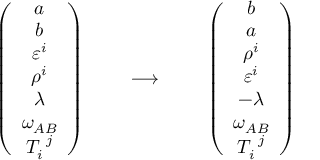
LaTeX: \begin{array} { c c c } { { \left( \begin{array} { c } { { a } } \\ { { b } } \\ { { \varepsilon ^ { i } } } \\ { { \rho ^ { i } } } \\ { { \lambda } } \\ { { \omega _ { A B } } } \\ { { T _ { i } ^ { ~ j } } } \end{array} \right) ~ ~ ~ ~ } } & { { \longrightarrow } } & { { ~ ~ ~ ~ \left( \begin{array} { c } { { b } } \\ { { a } } \\ { { \rho ^ { i } } } \\ { { \varepsilon ^ { i } } } \\ { { - \lambda } } \\ { { \omega _ { A B } } } \\ { { T _ { i } ^ { ~ j } } } \end{array} \right) } } \end{array}